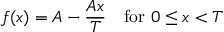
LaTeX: f ( x ) = A - { \frac { A x } { T } } \quad { \mathrm { f o r ~ } } 0 \leq x < T